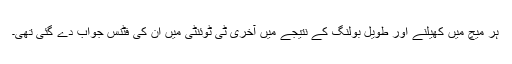
ہر میچ میں کھیلنے اور طویل بولنگ کے نتیجے میں آخری ٹی ٹوئنٹی میں ان کی فٹنس جواب دے گئی تھی۔